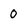
Character: 0